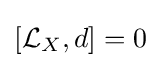
[{\mathcal {L}}_{X},d]=0